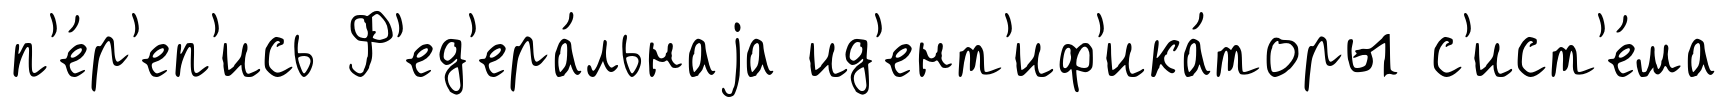
п'е́р'еп'ись Ф'ед'ера́льнаjа ид'ент'иф'ика́торы с'ист'е́ма